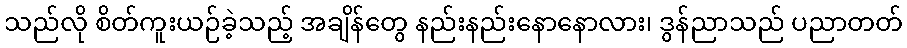
သည်လို စိတ်ကူးယဉ်ခဲ့သည့် အချိန်တွေ နည်းနည်းနောနောလား၊ ဒွန်ညာသည် ပညာတတ်